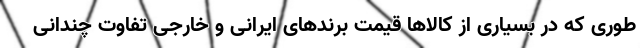
طوری که در بسیاری از کالاها قیمت برند‌های ایرانی و خارجی تفاوت چندانی